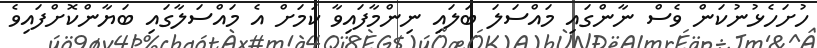
ހުށަހެޅުނުކަން ވެސް ނާންގައި މައްސަލަ ބަލައި ނިންމާފައިވާ ކަމަށް އެ މައްސަލާގައި ބަޔާންކޮށްފައިވެ